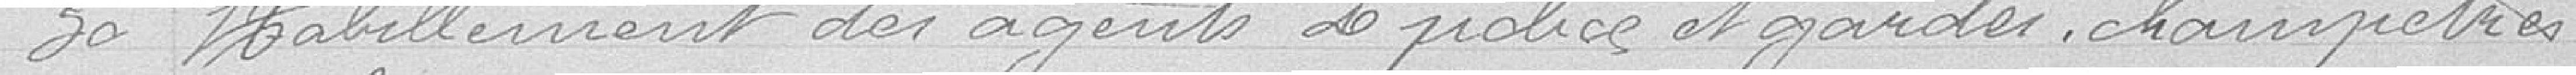
30 Habillement des agents de police et gardes champêtres